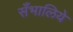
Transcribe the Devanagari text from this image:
सँभालिये